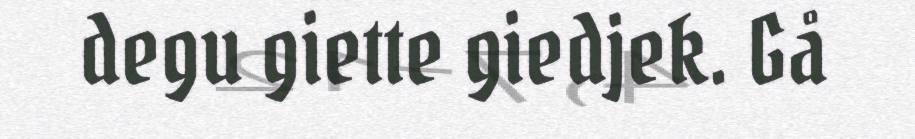
degu giette giedjek. Gå